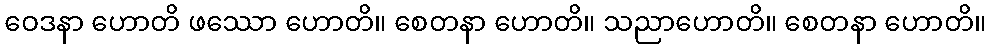
ဝေဒနာ ဟောတိ ဖဿော ဟောတိ။ စေတနာ ဟောတိ။ သညာဟောတိ။ စေတနာ ဟောတိ။